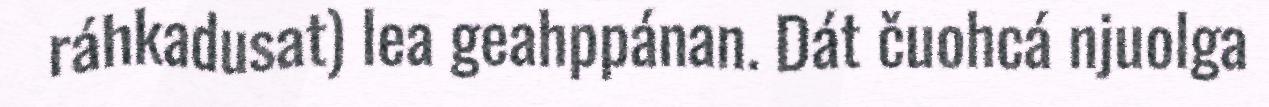
ráhkadusat) lea geahppánan. Dát čuohcá njuolga